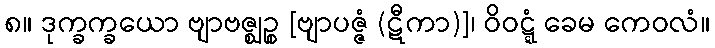
၈။ ဒုက္ခက္ခယော ဗျာဗဇ္ဈဉ္စ [ဗျာပဇ္ဇံ (ဋီကာ)]၊ ဝိဝဋ္ဋံ ခေမ ကေဝလံ။